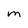
Character: m